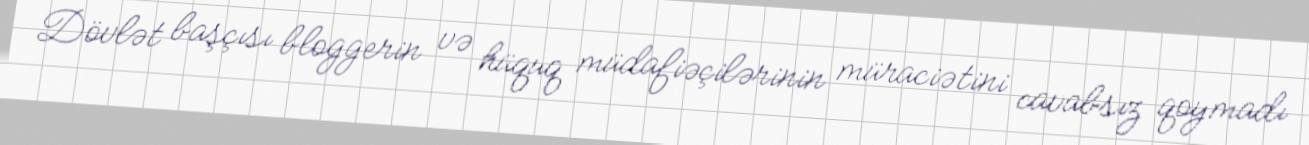
Dövlət başçısı bloggerin və hüquq müdafiəçilərinin müraciətini cavabsız qoymadı